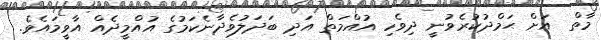
މާތް  އަށް ޙަމްދުކުރެވުނީ ދިވެހި އުއްމަތް އަދި ބަދަލުވެދާނެކަމުގެ އުއްމީދެއް އާވީމައެވެ.